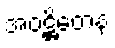
အဝဋ္ဌိတေန